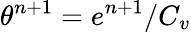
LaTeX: \theta^{n+1}=e^{n+1}/C_{v}